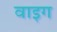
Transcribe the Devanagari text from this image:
वाइग